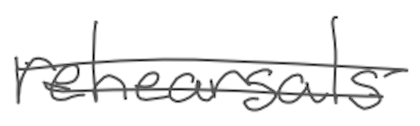
Text: rehearsals
Cross-out: double-line
Writing tool: digital_gray